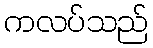
ကလပ်သည်